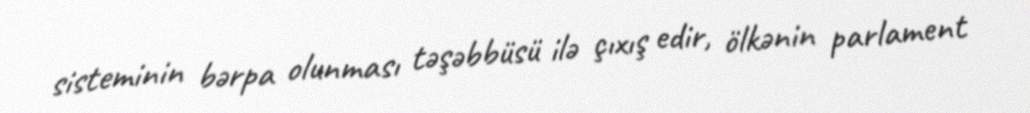
sisteminin bərpa olunması təşəbbüsü ilə çıxış edir, ölkənin parlament